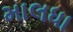
માલધા